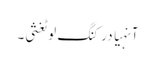
آنہیا درکنگ لوٹغثی۔